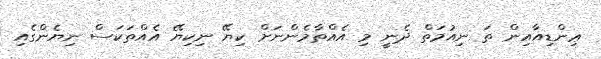
ޢިންޑިއާއިން ތަ ނިއުމަތް ދެނީ މި އެއްތާމެންނަށް ކިޔޭ ނިކިޔޭ އެއްތަކަސް ނިޔެންގެއި